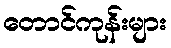
တောင်ကုန်းများ